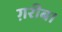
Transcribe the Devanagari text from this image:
ग़रीब।